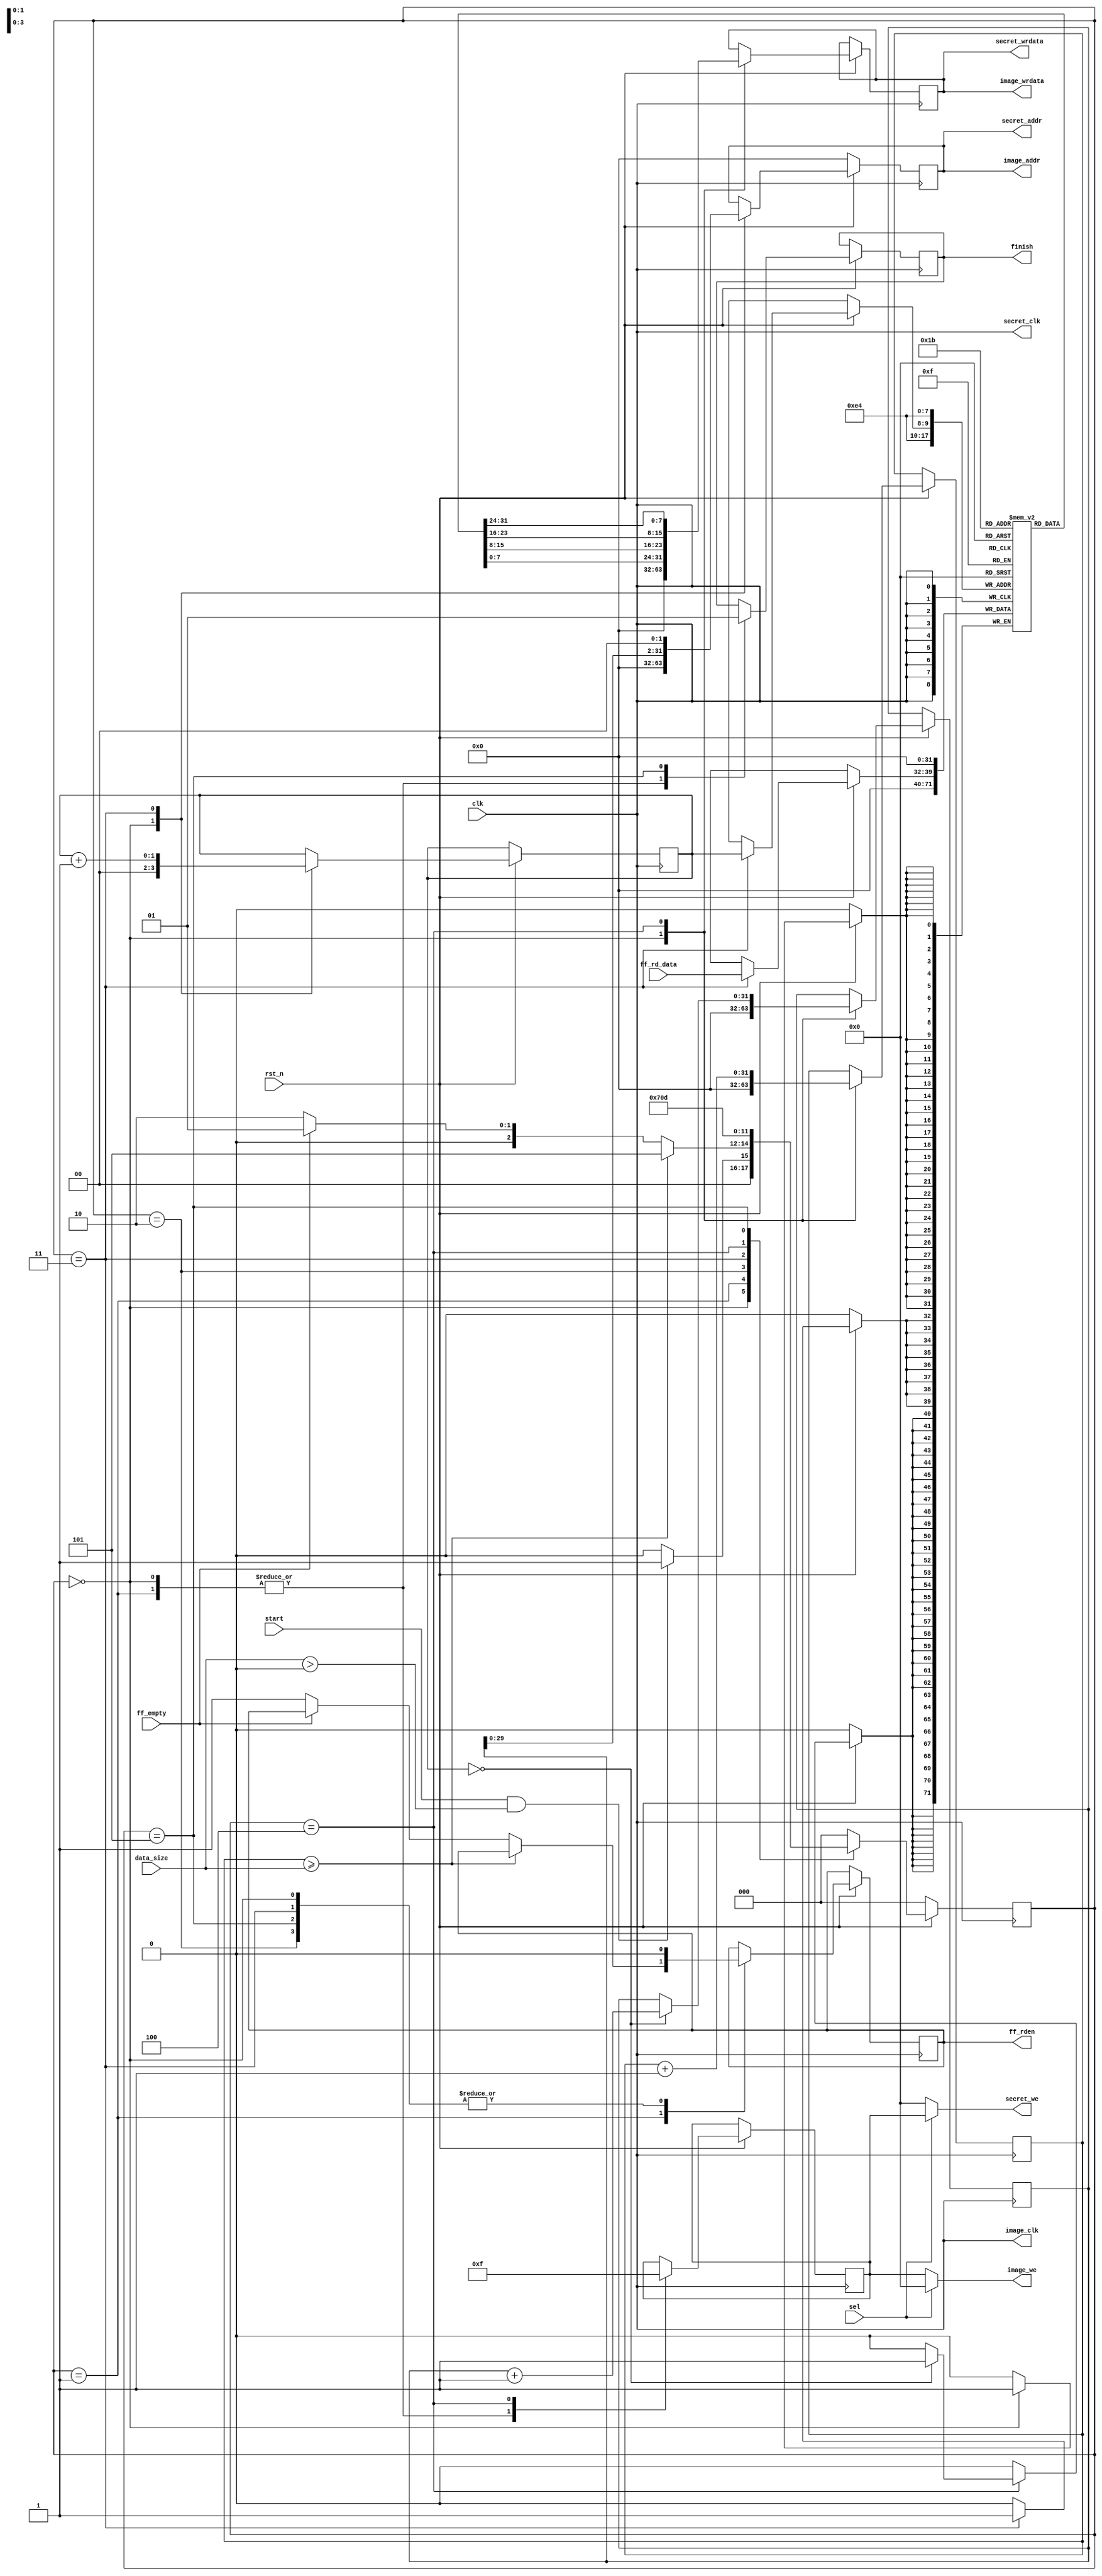
`timescale 1ns / 1ps
module ctrl_wr_bram #
    (
        parameter DATA_WIDTH = 32,
		parameter ADDR_WIDTH = 32,
		parameter NUM_BYTES = 4,
		parameter REG_WIDTH = 32,
		parameter FF_WIDTH = 8
    )  
    (
        input clk,
		input rst_n,
		output reg finish,
		input sel,
		// Register bank
		input start,
		input [REG_WIDTH-1 : 0] data_size,
		// BRAM IMAGE
		output image_clk,
		output [DATA_WIDTH-1 : 0] image_wrdata,
		output [ADDR_WIDTH-1 : 0] image_addr,
		output [NUM_BYTES-1 : 0] image_we,
		// BRAM SECRET
		output secret_clk,
		output [DATA_WIDTH-1 : 0] secret_wrdata,
		output [ADDR_WIDTH-1 : 0] secret_addr,
		output [NUM_BYTES-1 : 0] secret_we,
		// FIFO In Interface
		input ff_empty,
		input [FF_WIDTH-1 : 0] ff_rd_data,
		output reg ff_rden
    );
    
    // BRAM Interface
    wire bram_clk;
    reg [DATA_WIDTH-1 : 0] wrdata;
    reg [ADDR_WIDTH-1 : 0] addr;
    reg [NUM_BYTES-1 : 0] we;
    
    reg [ADDR_WIDTH-1 : 0] addr_reg;
    reg [FF_WIDTH-1 : 0] data_reg [3 : 0];
    reg we_reg [3 : 0];
    reg [1 : 0] wr_sel;
    reg [REG_WIDTH-1 : 0] data_cnt;
    wire start_wr;
    
    assign start_wr = (start && (data_size > 0));
    assign image_clk = clk;
    assign secret_clk = clk;
    assign image_wrdata = wrdata;
    assign secret_wrdata = wrdata;
    assign image_addr = addr;
    assign secret_addr = addr;
    assign image_we = (sel) ? {NUM_BYTES{1'b0}} : we;
    assign secret_we = (sel) ? we : {NUM_BYTES{1'b0}};
    
    
    // FSM
    localparam INIT = 3'd0;
    localparam RD_FF = 3'd1;
    localparam LD_FF = 3'd2;
    localparam LD_ADDR = 3'd3;
    localparam WR_BRAM = 3'd4;
    localparam FINISH = 3'd5;
    reg [2:0] next_state;
    wire [2:0] curr_state;
    assign curr_state = next_state;
    integer i;
    
    always @(posedge clk) begin
        if (!rst_n) begin
            addr <= {ADDR_WIDTH{1'b0}};
            next_state <= INIT;
        end
        else begin
            case (curr_state)
                INIT: begin
                    finish <= 1'b0;
                    wrdata <= {DATA_WIDTH{1'b0}};
                    addr <= {ADDR_WIDTH{1'b0}};
                    we <= {NUM_BYTES{1'b0}};
                    ff_rden <= 1'b0;
                    addr_reg <= {ADDR_WIDTH{1'b0}};
                    wr_sel <= 2'd0;
                    data_cnt <= {REG_WIDTH{1'b0}};
                    for (i=0; i<4; i=i+1) begin
                        data_reg[i] <= {FF_WIDTH{1'b0}};
                        we_reg[i] <= 1'b0;
                    end
                    if (start_wr)
                        next_state <= RD_FF;
                    else
                        next_state <= INIT;
                end
                RD_FF: begin
                    finish <= 1'b0;
                    we <= {NUM_BYTES{1'b0}};                   
                    if (data_cnt >= data_size)
                        next_state <= FINISH;
                    else if (ff_empty)
                        next_state <= RD_FF;
                    else begin      
                        ff_rden <= 1'b1;                  
                        next_state <= LD_FF;
                    end
                end
                LD_FF: begin
                    ff_rden <= 1'b0;
                    next_state <= LD_ADDR;
                end
                LD_ADDR: begin
                    ff_rden <= 1'b0;
                    addr <= addr_reg << 2;
                    data_reg[wr_sel] <= ff_rd_data;
                    wr_sel <= wr_sel + 1;
                    next_state <= WR_BRAM;
                end
                WR_BRAM: begin
                    wrdata <= {data_reg[3],data_reg[2],data_reg[1],data_reg[0]};
                    we <= {NUM_BYTES{1'b1}};
                    data_cnt <= data_cnt + 1;
                    if (wr_sel == 2'd0) begin
                        addr_reg <= addr_reg + 1;
                        for (i=0; i<4; i=i+1)
                            data_reg[i] <= {FF_WIDTH{1'b0}};
                    end
                    next_state <= RD_FF;
                end
                FINISH: begin
                    finish <= 1'b1;
                    ff_rden <= 1'b0;
                    next_state <= FINISH; 
                end
                default:
                    next_state <= INIT;
            endcase
        end
    end
endmodule